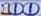
100